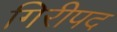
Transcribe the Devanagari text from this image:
गिरीपद